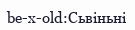
be-x-old:Сьвіньні